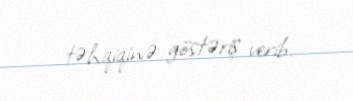
təhqiqinə göstəriş verib.